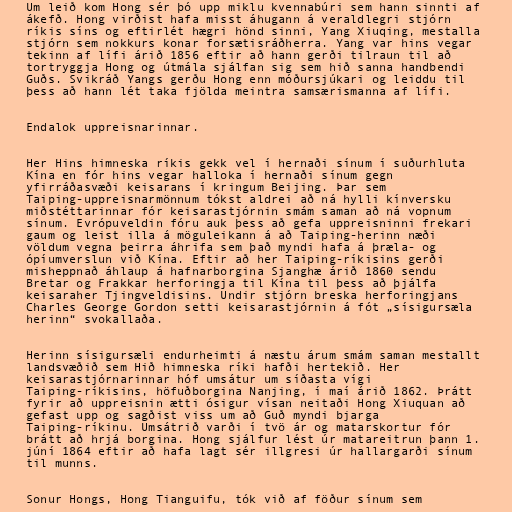
Um leið kom Hong sér þó upp miklu kvennabúri sem hann sinnti af
ákefð. Hong virðist hafa misst áhugann á veraldlegri stjórn
ríkis síns og eftirlét hægri hönd sinni, Yang Xiuqing, mestalla
stjórn sem nokkurs konar forsætisráðherra. Yang var hins vegar
tekinn af lífi árið 1856 eftir að hann gerði tilraun til að
tortryggja Hong og útmála sjálfan sig sem hið sanna handbendi
Guðs. Svikráð Yangs gerðu Hong enn móðursjúkari og leiddu til
þess að hann lét taka fjölda meintra samsærismanna af lífi.

Endalok uppreisnarinnar.

Her Hins himneska ríkis gekk vel í hernaði sínum í suðurhluta
Kína en fór hins vegar halloka í hernaði sínum gegn
yfirráðasvæði keisarans í kringum Beijing. Þar sem
Taiping-uppreisnarmönnum tókst aldrei að ná hylli kínversku
miðstéttarinnar fór keisarastjórnin smám saman að ná vopnum
sínum. Evrópuveldin fóru auk þess að gefa uppreisninni frekari
gaum og leist illa á möguleikann á að Taiping-herinn næði
völdum vegna þeirra áhrifa sem það myndi hafa á þræla- og
ópíumverslun við Kína. Eftir að her Taiping-ríkisins gerði
misheppnað áhlaup á hafnarborgina Sjanghæ árið 1860 sendu
Bretar og Frakkar herforingja til Kína til þess að þjálfa
keisaraher Tjingveldisins. Undir stjórn breska herforingjans
Charles George Gordon setti keisarastjórnin á fót „sísigursæla
herinn“ svokallaða.

Herinn sísigursæli endurheimti á næstu árum smám saman mestallt
landsvæðið sem Hið himneska ríki hafði hertekið. Her
keisarastjórnarinnar hóf umsátur um síðasta vígi
Taiping-ríkisins, höfuðborgina Nanjing, í maí árið 1862. Þrátt
fyrir að uppreisnin ætti ósigur vísan neitaði Hong Xiuquan að
gefast upp og sagðist viss um að Guð myndi bjarga
Taiping-ríkinu. Umsátrið varði í tvö ár og matarskortur fór
brátt að hrjá borgina. Hong sjálfur lést úr matareitrun þann 1.
júní 1864 eftir að hafa lagt sér illgresi úr hallargarði sínum
til munns.

Sonur Hongs, Hong Tianguifu, tók við af föður sínum sem